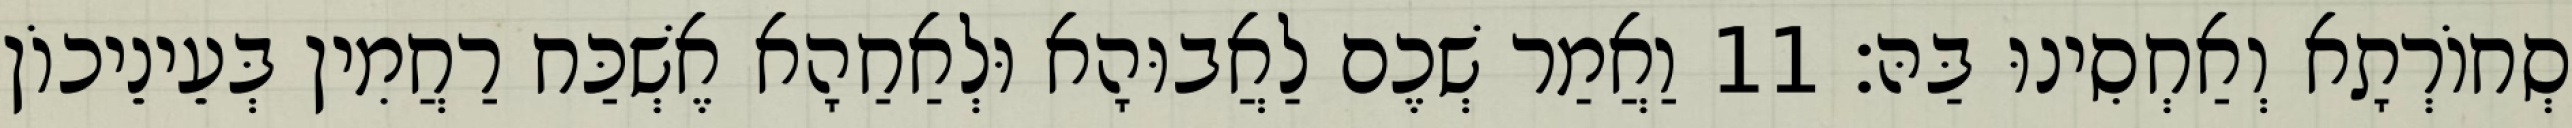
סְחוֹרְתָא וְאַחְסִינוּ בַּהּ׃ 11 וַאֲמַר שְׁכֶם לַאֲבוּהָא וּלְאַחַהָא אֶשְׁכַּח רַחֲמִין בְּעֵינֵיכוֹן